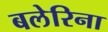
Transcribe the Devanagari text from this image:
बलेरिना